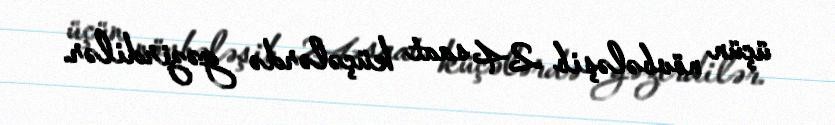
üçün növbələşib 24 saat küçələrdə gəzirdilər.